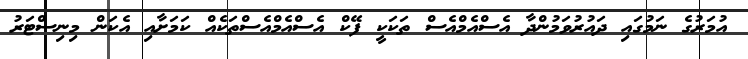
އުމަރުގެ ނަމުގައި ދައުރުވަމުންދާ އެސްއެމްއެސް ތަކަކީ ފޭކް އެސްއެމްއެސްތަކެއް ކަމަށާއި އެކަން މިނިސްޓަރު